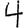
Digit: 4